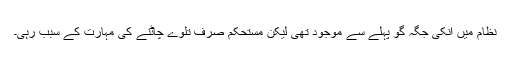
نظام میں انکی جگہ گو پہلے سے موجود تھی لیکن مستحکم صرف تلوے چاٹنے کی مہارت کے سبب رہی۔